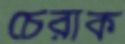
চেরাক